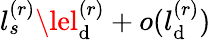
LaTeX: l_{s}^{(r)}\lel_{\mathrm{d}}^{(r)}+o(l_{\mathrm{d}}^{(r)})